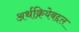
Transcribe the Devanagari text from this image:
अर्थक्रियेबद्दल